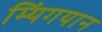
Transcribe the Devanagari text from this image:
म्यिंगयान